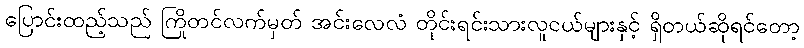
ပြောင်းထည့်သည် ကြိုတင်လက်မှတ် အင်းလေလံ တိုင်းရင်းသားလူငယ်များနှင့် ရှိတယ်ဆိုရင်တော့